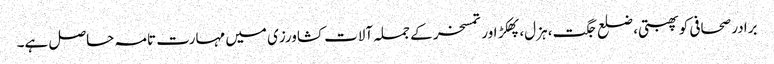
برادر صحافی کو پھبتی، ضلع جگت، ہزل، پھکڑ اور تمسخر کے جملہ آلات کشاورزی میں مہارت تامہ حاصل ہے۔